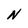
Character: N